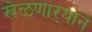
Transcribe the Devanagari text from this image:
खेळणाऱ्याने